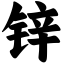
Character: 锌